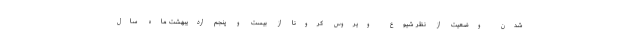
شدن وضعیت از نظر شیوع ویروس کرونا از بیست و پنجم اردیبهشت ماه سال